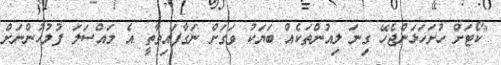
"ކޯޓަށް ހުށަހަޅަންޖެހޭ ގިނަ ލިއުންތަކެއް ބަޔަކު ވަގަށް ނަގާފައިވާތީ އެ މައްސަލަ ފުލުހުންނަށް